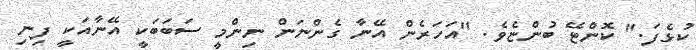
ކުޅެފަ." ކޮންޓޭ ބުންޏެވެ. "އަހަރެން އޭނާ ގެންނަން ނިންމީ ސަބަބަކީ އޭނާއަކީ ފިނި